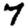
Digit: 7